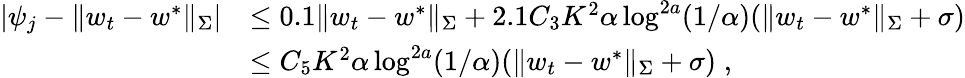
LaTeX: \begin{array}{rl}{|\psi_{j}-\| w_{t}-w^{*}\| _{\Sigma}|}&{\leq 0.1\| w_{t}-w^{*}\| _{\Sigma}+2.1C_{3}K^{2}\alpha\log^{2a}(1/\alpha)(\| w_{t}-w^{*}\| _{\Sigma}+\sigma)}\\ &{\leq C_{5}K^{2}\alpha\log^{2a}(1/\alpha)(\| w_{t}-w^{*}\| _{\Sigma}+\sigma)\; ,}\end{array}